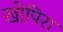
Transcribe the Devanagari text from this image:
खोपिरा